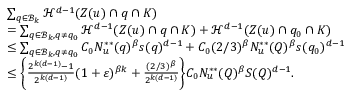
\begin{array} { r l } & { \sum _ { q \in \mathcal { B } _ { k } } \mathcal { H } ^ { d - 1 } ( Z ( u ) \cap q \cap K ) } \\ & { = \sum _ { q \in \mathcal { B } _ { k } , q \neq q _ { 0 } } \mathcal { H } ^ { d - 1 } ( Z ( u ) \cap q \cap K ) + \mathcal { H } ^ { d - 1 } ( Z ( u ) \cap q _ { 0 } \cap K ) } \\ & { \le \sum _ { q \in \mathcal { B } _ { k } , q \neq q _ { 0 } } C _ { 0 } N _ { u } ^ { * * } ( q ) ^ { \beta } s ( q ) ^ { d - 1 } + C _ { 0 } ( 2 / 3 ) ^ { \beta } N _ { u } ^ { * * } ( Q ) ^ { \beta } s ( q _ { 0 } ) ^ { d - 1 } } \\ & { \le \bigg \{ \frac { 2 ^ { k ( d - 1 ) } - 1 } { 2 ^ { k ( d - 1 ) } } ( 1 + \varepsilon ) ^ { \beta k } + \frac { ( 2 / 3 ) ^ { \beta } } { 2 ^ { k ( d - 1 ) } } \bigg \} C _ { 0 } N _ { u } ^ { * * } ( Q ) ^ { \beta } S ( Q ) ^ { d - 1 } . } \end{array}